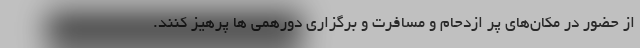
از حضور در مکان‌های پر ازدحام و مسافرت و برگزاری دورهمی ها پرهیز کنند.